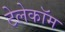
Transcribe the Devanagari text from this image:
टेलेकॉम